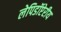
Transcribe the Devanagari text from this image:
लेपिडॉप्टेरीय